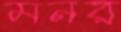
মনর